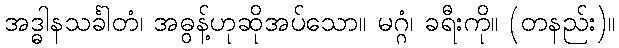
အဒ္ဓါနသင်္ခါတံ၊ အဓွန့်ဟုဆိုအပ်သော။ မဂ္ဂံ၊ ခရီးကို။ (တနည်း)။